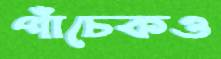
পাঁচেকও